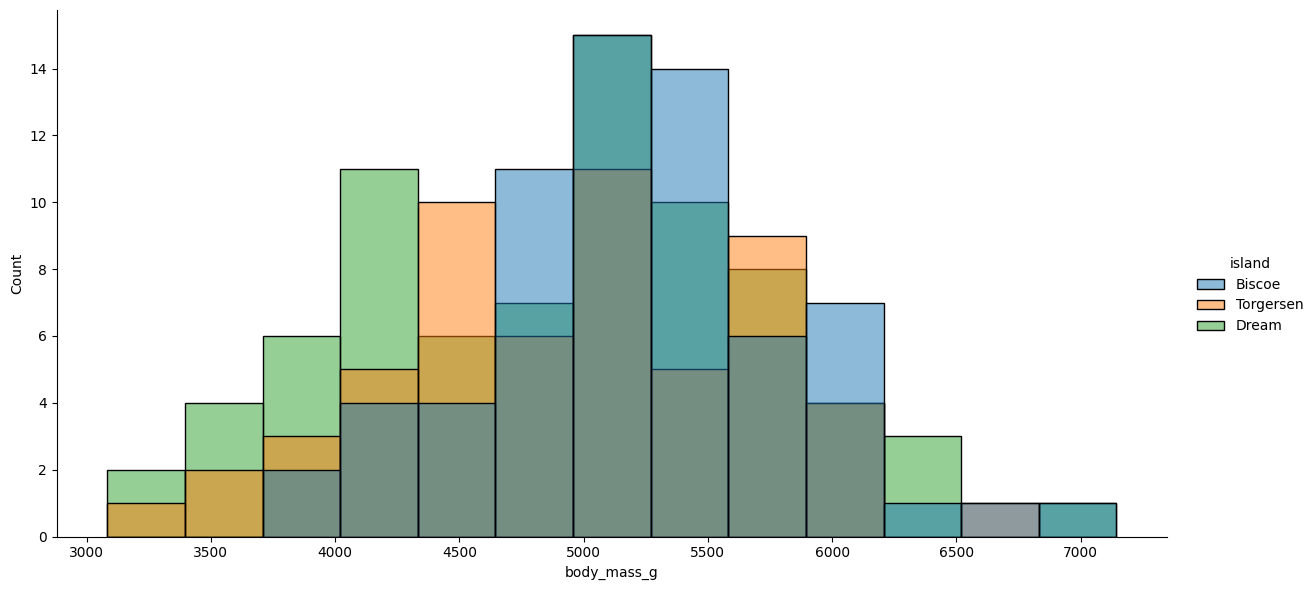
python, seaborn, displot, kind='hist', column='body_mass_g', hue='island', height=6, aspect=2.0